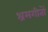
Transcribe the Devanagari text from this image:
श्रमगीतों